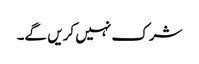
شرک نہیں کریں گے۔